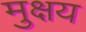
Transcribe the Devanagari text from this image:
मुक्षय